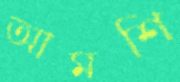
আমশি